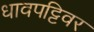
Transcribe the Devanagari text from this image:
धावपट्टिवर